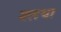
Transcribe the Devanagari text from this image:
श्लथा